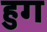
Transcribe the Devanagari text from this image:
हुग